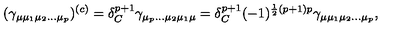
( \gamma _ { \mu \mu _ { 1 } \mu _ { 2 } \ldots \mu _ { p } } ) ^ { ( c ) } = \delta _ { C } ^ { p + 1 } \gamma _ { \mu _ { p } \ldots \mu _ { 2 } \mu _ { 1 } \mu } = \delta _ { C } ^ { p + 1 } ( - 1 ) ^ { \frac 1 2 ( p + 1 ) p } \gamma _ { \mu \mu _ { 1 } \mu _ { 2 } \ldots \mu _ { p } } ,